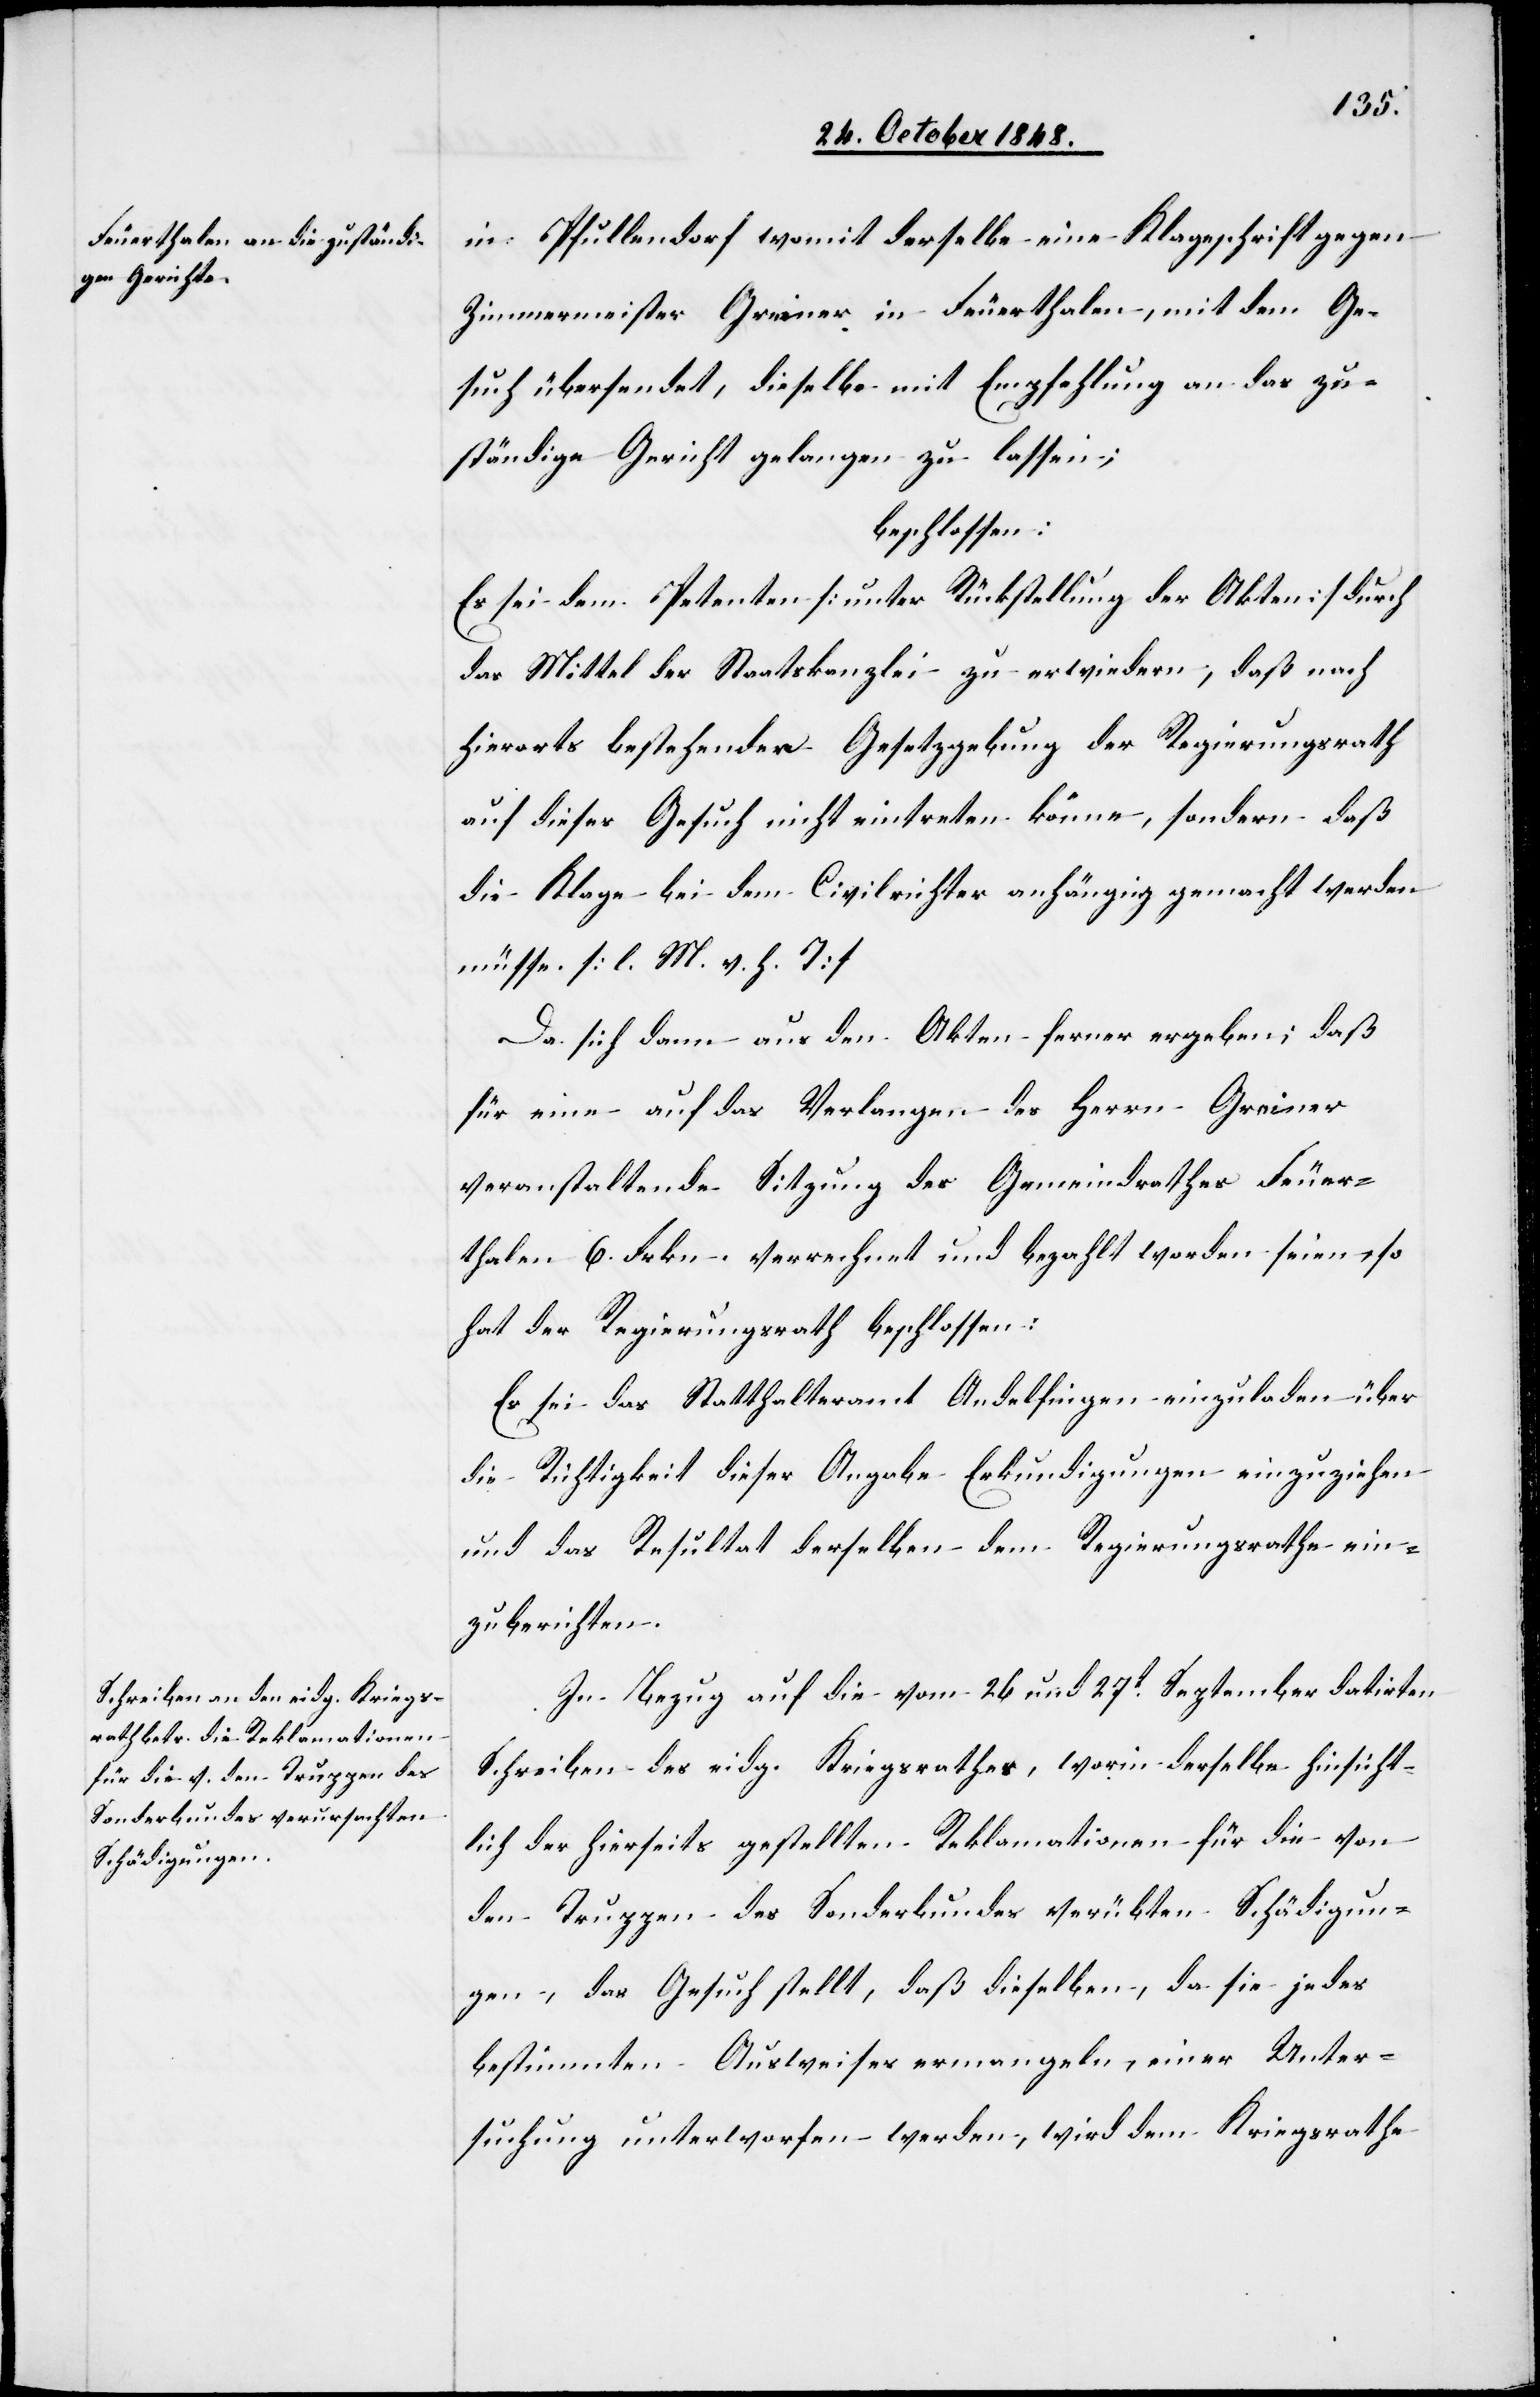
in Pfullendorf womit derselbe eine Klageschrift gegen
Zimmermeister Greiner in Feuerthalen, mit dem Ge¬
such übersendet, dieselbe mit Empfehlung an das zu¬
ständige Gericht gelangen zu lassen;
beschlossen:
Es sei dem Petenten [unter Rückstellung der Akten] durch
das Mittel der Staatskanzlei zu erwiedern, daß nach
hierorts bestehender Gesetzgebung der Regierungsrath
auf dieses Gesuch nicht eintreten könne, sondern daß
die Klage bei dem Civilrichter anhängig gemacht werden
müsse. [l. M. v. h. T]
Da sich dann aus den Akten ferner ergeben; daß
für eine auf das Verlangen des Herrn Greiner
veranstaltende Sitzung des Gemeindrathes Feuer¬
thalen 6. Frkn. verrechnet und bezahlt worden seien, so
hat der Regierungsrath beschlossen:
Es sei das Statthalteramt Andelfingen einzuladen, über
die Richtigkeit dieser Angabe Erkundigungen einzuziehen
und das Resultat derselben dem Regierungsrathe ein¬
zuberichten.
In Bezug auf die vom 26 und 27t September datirten
Schreiben des eidg. Kriegsrathes, worin derselbe hinsicht¬
lich der hierseits gestellten Reklamationen für die von
den Truppen des Sonderbundes verübten Schädigun¬
gen, das Gesuch stellt, daß dieselben, da sie jedes
bestimmten Ausweises ermangeln, einer Unter¬
suchung unterworfen werden, wird dem Kriegsrathe